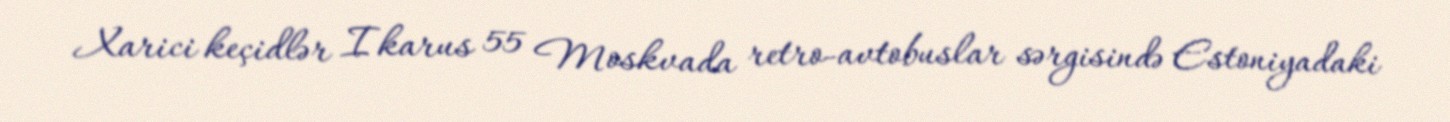
Xarici keçidlər Ikarus 55 Moskvada retro-avtobuslar sərgisində Estoniyadaki